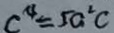
c ^ { 4 } = 5 a ^ { 2 } c